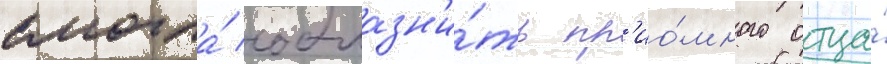
смогла́ соблазн'и́ть пр'ио́много отца́